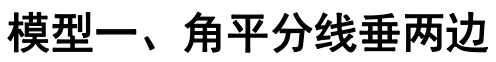
模型一、角平分线垂两边